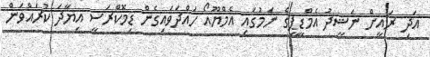
އަދި ރައީށް ނަޝީދު އެމްޑީޕީގެ ނަމުގައި އެމްޔޫއޯ ހައްދަވައިގެން ޑިމޮކްރަސީ އިޔާދަ ކުރައްވަން